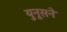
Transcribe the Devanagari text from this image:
युनूसने